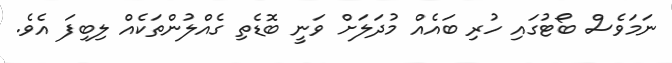
ނަމަވެސް ބޯޓުގައި ހުރި ބައެއް މުދަލަށް ވަނީ ބޮޑެތި ގެއްލުންތަކެއް ލިބިފަ އެވެ.